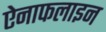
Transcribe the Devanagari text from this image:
ऐनाफलाइन